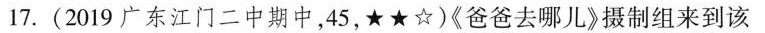
17.(2019广东江门二中期中，45，★★☆)《爸爸去哪儿》摄制组来到该